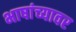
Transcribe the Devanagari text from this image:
भाषांच्यावर